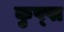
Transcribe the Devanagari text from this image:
कुप्‍पा